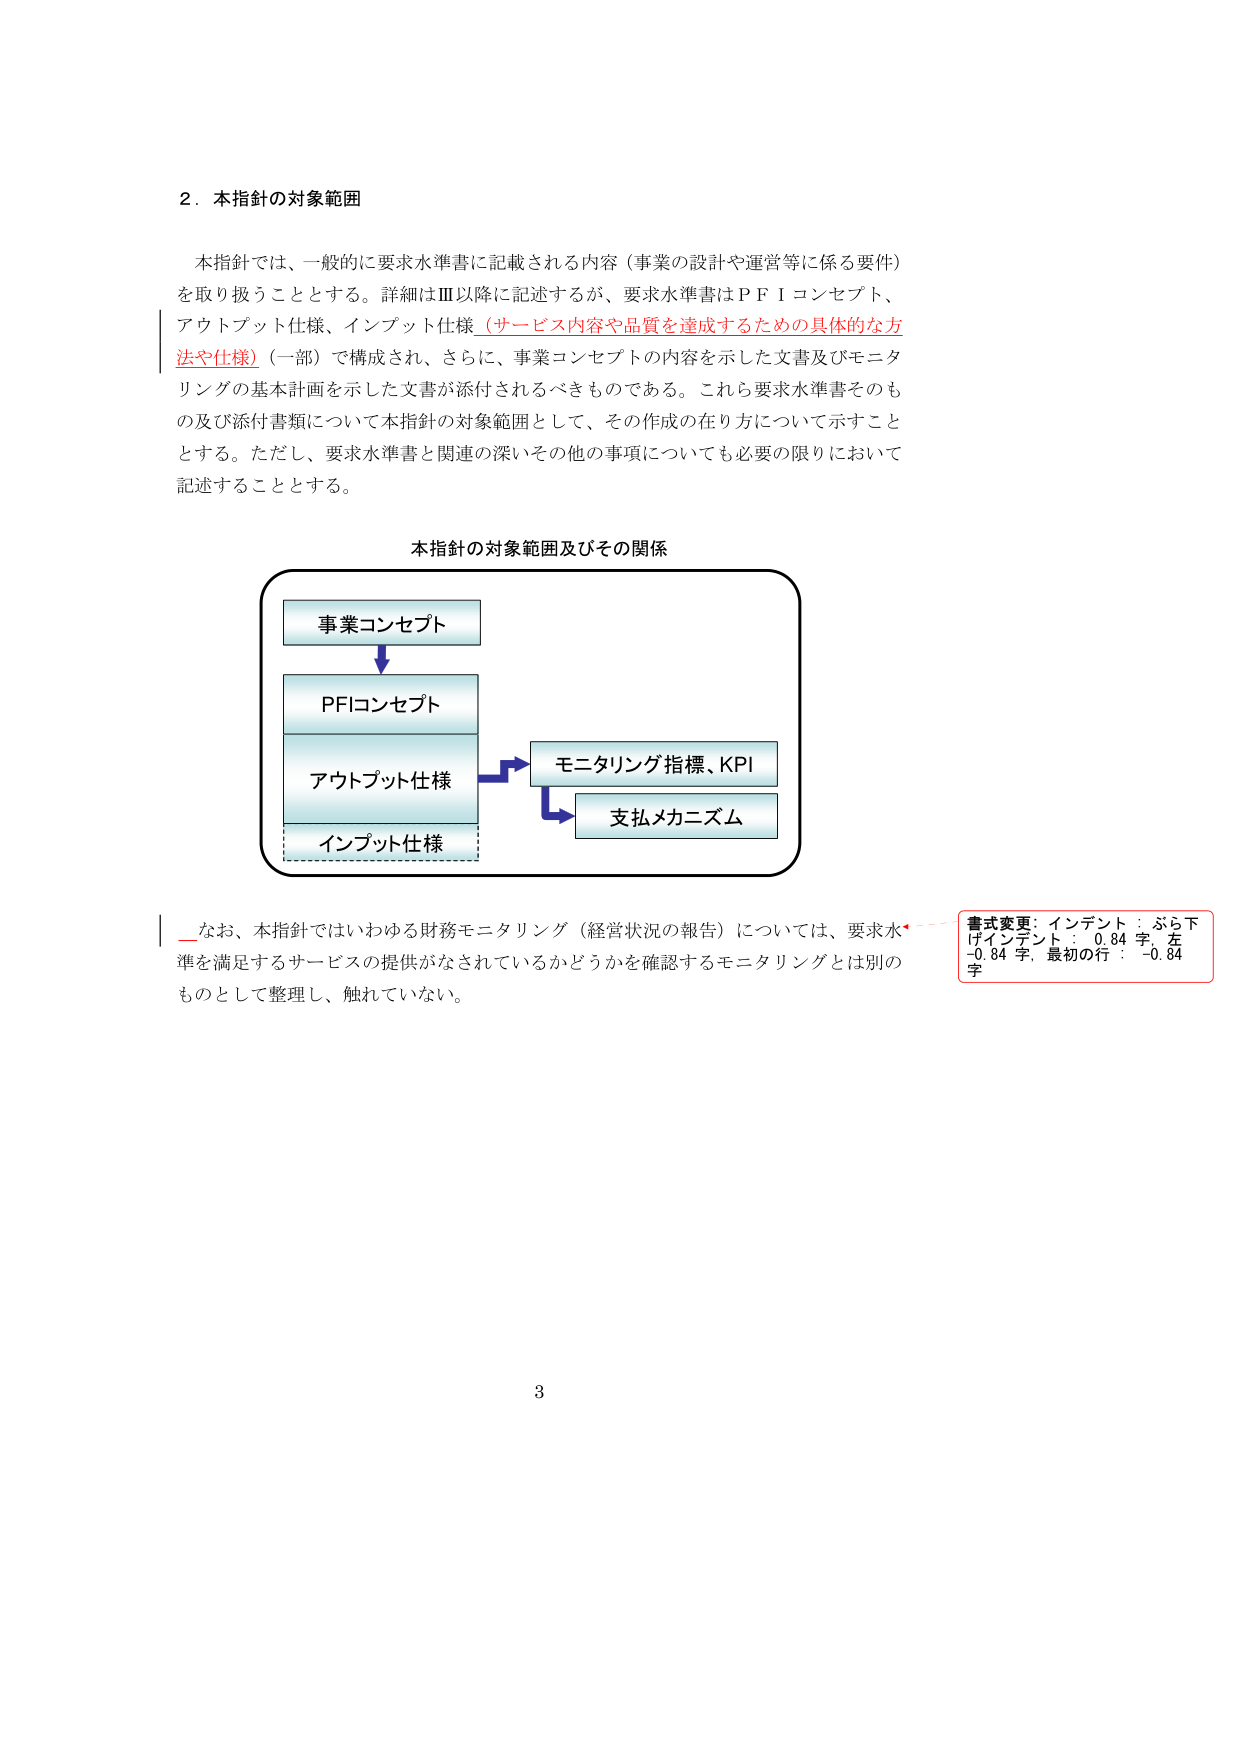
2．本指針の対象範囲

本指針では、一般的に要求水準書に記載される内容（事業の設計や運営等に係る要件）を取り扱うこととする。詳細はⅢ以降に記述するが、要求水準書はＰＦＩコンセプト、アウトプット仕様、インプット仕様（サービス内容や品質を達成するための具体的な方法や仕様）（一部）で構成され、さらに、事業コンセプトの内容を示した文書及びモニタリングの基本計画を示した文書が添付されるべきものである。これら要求水準書そのもの及び添付書類について本指針の対象範囲として、その作成の在り方について示すこととする。ただし、要求水準書と関連の深いその他の事項についても必要の限りにおいて記述することとする。

本指針の対象範囲及びその関係

事業コンセプト
↓
PFIコンセプト
↓
アウトプット仕様
→ モニタリング指標、KPI
→ 支払メカニズム
↓
インプット仕様

なお、本指針ではいわゆる財務モニタリング（経営状況の報告）については、要求水準を満足するサービスの提供がなされているかどうかを確認するモニタリングとは別のものとして整理し、触れていない。

書式変更: インデント : ぶら下げインデント : 0.84 字, 左 -0.84 字, 最初の行 : -0.84 字

3